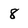
Character: 8